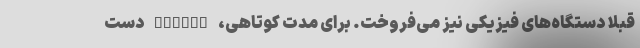
قبلاً دستگاه‌های فیزیکی نیز می‌فروخت. برای مدت کوتاهی، Google دست